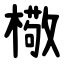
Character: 㯳